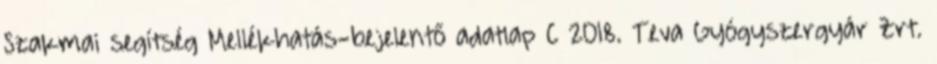
Szakmai segítség Mellékhatás-bejelentő adatlap C 2018. Teva Gyógyszergyár Zrt.